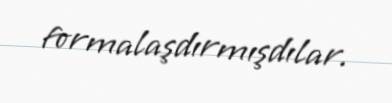
formalaşdırmışdılar.